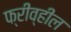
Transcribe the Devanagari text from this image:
फ्रीव्हील